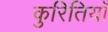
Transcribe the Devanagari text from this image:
कुरितियाँ